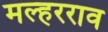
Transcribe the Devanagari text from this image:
मल्हरराव